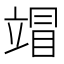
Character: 𰩦